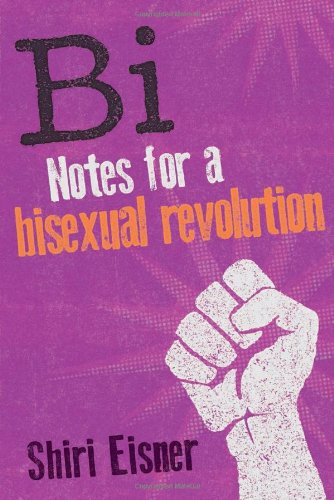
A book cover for Bi: Notes for a Bisexual Revolution; Shiri Eisner; Gay & Lesbian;